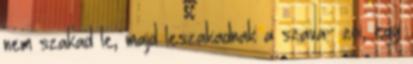
nem szakad le, majd leszakadnak a szava- zoi, egy